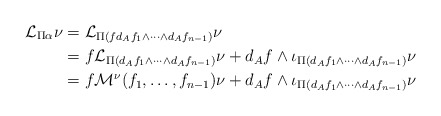
\begin{align*}\mathcal{L}_{\Pi\alpha}\nu&= \mathcal{L}_{\Pi(f d_{A}f_1\wedge\cdots\wedge d_{A}f_{n-1})}\nu\\&= f\mathcal{L}_{\Pi(d_{A}f_1\wedge\cdots\wedge d_{A}f_{n-1})}\nu+ d_{A}f\wedge \iota_{\Pi(d_{A}f_1\wedge\cdots\wedge d_{A}f_{n-1})}\nu\\&= f \mathcal{M}^\nu(f_1,\ldots,f_{n-1})\nu+ d_{A}f\wedge \iota_{\Pi(d_{A}f_1\wedge\cdots\wedge d_{A}f_{n-1})}\nu\end{align*}